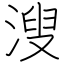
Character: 溲